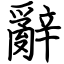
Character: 辭